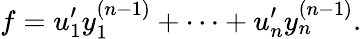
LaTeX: f=u_{1}^{\prime}y_{1}^{(n-1)}+\cdots+u_{n}^{\prime}y_{n}^{(n-1)}.